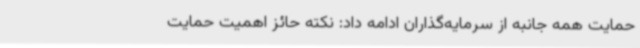
حمایت همه جانبه از سرمایه‌گذاران ادامه داد: نکته حائز اهمیت حمایت